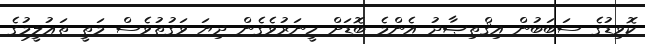
ކޮވިޑުގެ ސަބަބުން އިޤްތިޞާދު އެންމެ ބޮޑަށް ހީނަރުވެގެން ދިޔަ ވަގުތުވެސް މަތީ ތަޢުލީމުގެ